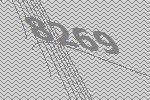
8269